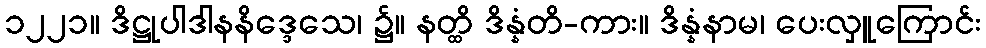
၁၂၂၁။ ဒိဋ္ဌုပါဒါနနိဒ္ဒေသေ၊ ၌။ နတ္ထိ ဒိန္နံတိ-ကား။ ဒိန္နံနာမ၊ ပေးလှူကြောင်း